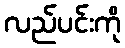
လည်ပင်းကို